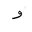
Letter: _waw